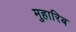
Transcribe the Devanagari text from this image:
मुहारिब